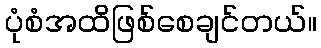
ပုံစံအထိဖြစ်စေချင်တယ်။